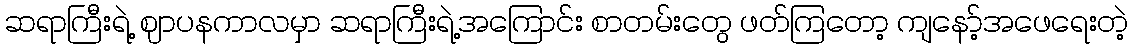
ဆရာကြီးရဲ့ ဈာပနကာလမှာ ဆရာကြီးရဲ့အကြောင်း စာတမ်းတွေ ဖတ်ကြတော့ ကျနော့်အဖေရေးတဲ့